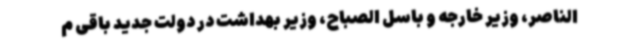
الناصر، وزیر خارجه و باسل الصباح، وزیر بهداشت در دولت جدید باقی م